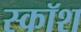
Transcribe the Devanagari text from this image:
स्कॉश